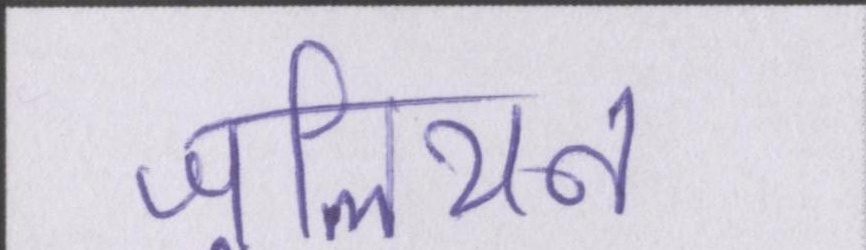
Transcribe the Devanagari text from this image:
जूलियन